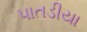
પાતડીયા